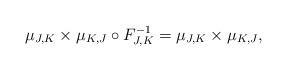
LaTeX: \begin{align*}\mu_{J,K}\times\mu_{K,J}\circ F_{J,K}^{-1}=\mu_{J,K}\times\mu_{K,J},\end{align*}